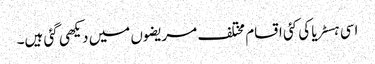
اسی ہسٹریا کی کئی اقسام مختلف مریضوں میں دیکھی گئی ہیں۔